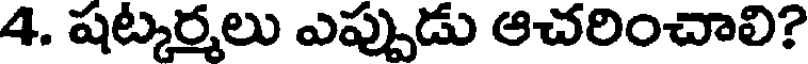
4. షట్కర్మలు ఎప్పుడు ఆచరించాలి?